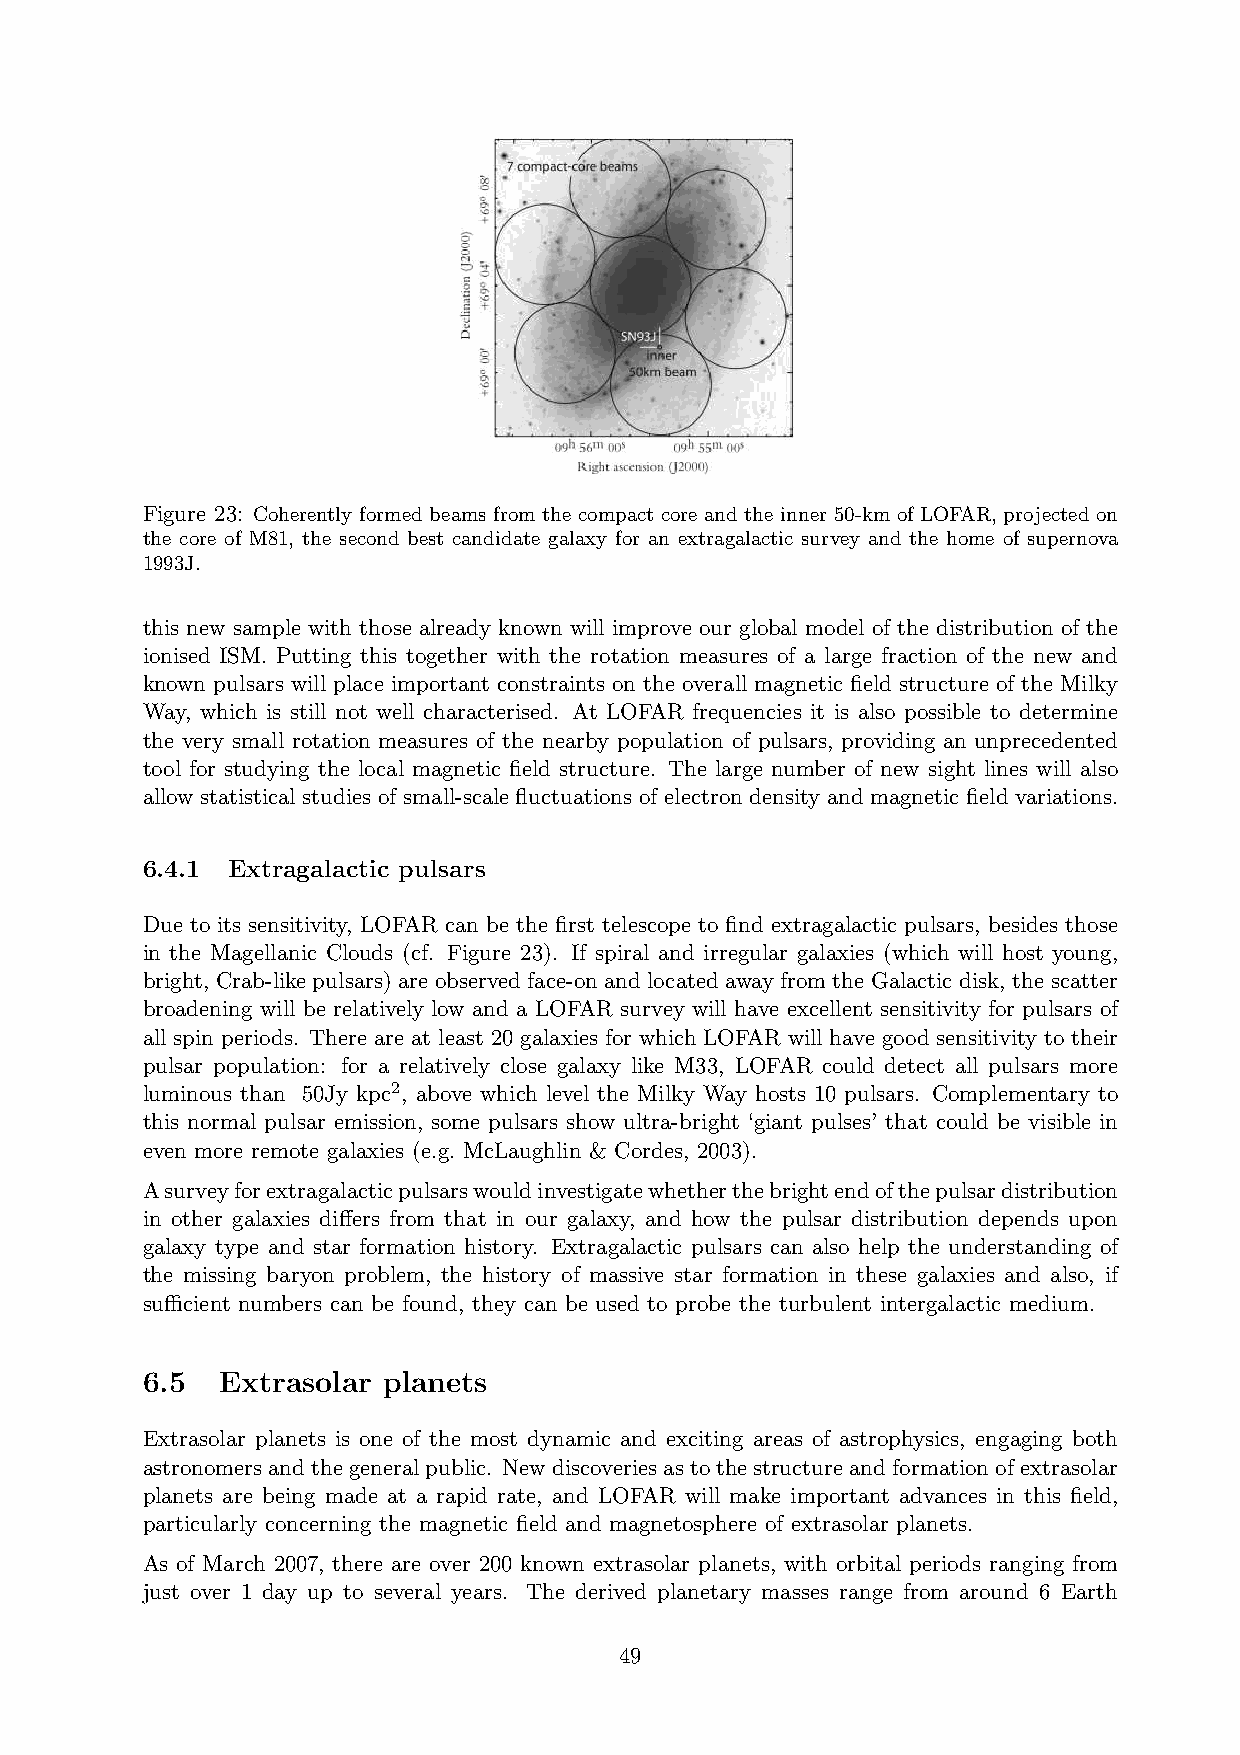
Figure 23: Coherently formed beams from the compact core and the inner 50-km of LOFAR, projected on
 the core of M81, the second best candidate galaxy for an extragalactic survey and the home of supernova
 1993J.
 this new sample with those already known will improve our global model of the distribution of the
 ionised ISM. Putting this together with the rotation measures of a large fraction of the new and
 known pulsars will place important constraints on the overall magnetic field structure of the Milky
 Way, which is still not well characterised. At LOFAR frequencies it is also possible to determine
 the very small rotation measures of the nearby population of pulsars, providing an unprecedented
 tool for studying the local magnetic field structure. The large number of new sight lines will also
 allow statistical studies of small-scale fluctuations of electron density and magnetic field variations.
 6.4.1 Extragalactic pulsars
 Due to its sensitivity, LOFAR can be the first telescope to find extragalactic pulsars, besides those
 in the Magellanic Clouds (cf. Figure 23). If spiral and irregular galaxies (which will host young,
 bright, Crab-like pulsars) are observed face-on and located away from the Galactic disk, the scatter
 broadening will be relatively low and a LOFAR survey will have excellent sensitivity for pulsars of
 all spin periods. There are at least 20 galaxies for which LOFAR will have good sensitivity to their
 pulsar population: for a relatively close galaxy like M33, LOFAR could detect all pulsars more
 luminous than 50Jy kpc2, above which level the Milky Way hosts 10 pulsars. Complementary to
 this normal pulsar emission, some pulsars show ultra-bright ‘giant pulses’ that could be visible in
 even more remote galaxies (e.g. McLaughlin & Cordes, 2003).
 Asurveyforextragalacticpulsarswouldinvestigatewhetherthebrightendofthepulsardistribution
 in other galaxies differs from that in our galaxy, and how the pulsar distribution depends upon
 galaxy type and star formation history. Extragalactic pulsars can also help the understanding of
 the missing baryon problem, the history of massive star formation in these galaxies and also, if
 sufficient numbers can be found, they can be used to probe the turbulent intergalactic medium.
 6.5   Extrasolar planets
 Extrasolar planets is one of the most dynamic and exciting areas of astrophysics, engaging both
 astronomersandthegeneralpublic. Newdiscoveriesastothestructureandformationofextrasolar
 planets are being made at a rapid rate, and LOFAR will make important advances in this field,
 particularly concerning the magnetic field and magnetosphere of extrasolar planets.
 As of March 2007, there are over 200 known extrasolar planets, with orbital periods ranging from
 just over 1 day up to several years. The derived planetary masses range from around 6 Earth
 49